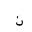
Letter: _non